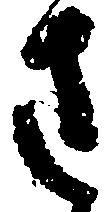
さ